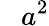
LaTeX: \ \ \ a^{2}